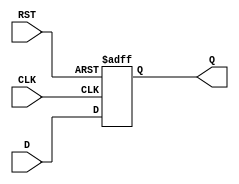
module StoreRegister #(
    parameter n = 8 // Parameter for the width of the register, default is 8 bits
)(
    input wire [n-1:0] D,     // Data input
    input wire CLK,           // Clock input
    input wire RST,           // Asynchronous reset input
    output reg [n-1:0] Q      // Data output
);

    // Always block triggered on the rising edge of the clock or the reset signal
    always @(posedge CLK or posedge RST) begin
        if (RST) begin
            Q <= {n{1'b0}}; // Reset the register to 0 (n bits)
        end else begin
            Q <= D; // Capture the input data on the rising edge of the clock
        end
    end

endmodule